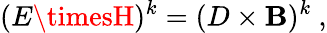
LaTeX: (E\timesH)^{k}=(D\times\mathbf{B})^{k}\ ,